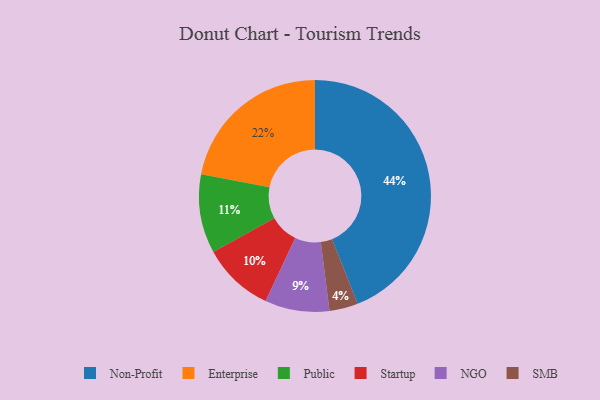
{"axis": {"x": "Category", "y": "Percentage"}, "legend": ["Enterprise", "NGO", "Non-Profit", "Public", "SMB", "Startup"], "data": [{"x": "Enterprise", "y": 22, "type": "Enterprise"}, {"x": "NGO", "y": 9, "type": "NGO"}, {"x": "Startup", "y": 10, "type": "Startup"}, {"x": "SMB", "y": 4, "type": "SMB"}, {"x": "Non-Profit", "y": 44, "type": "Non-Profit"}, {"x": "Public", "y": 11, "type": "Public"}]}